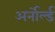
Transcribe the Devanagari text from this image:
अर्नोर्ल्ड